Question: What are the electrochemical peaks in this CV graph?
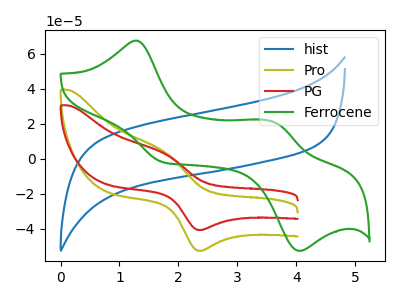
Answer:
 <answer>The blue curve "hist" has no peaks. The olive curve "Pro" has an anodic peak at (1.75V, 3.85uA) and a cathodic peak at (2.35V, -52.55uA). The red curve "PG" has an anodic peak at (1.75V, 3.00uA) and a cathodic peak at (2.35V, -40.65uA). The green curve "Ferrocene" has anodic peaks at (1.30V, 67.50uA) (3.65V, 20.75uA) and cathodic peaks at (1.75V, -1.90uA) (4.05V, -52.55uA).</answer>
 <eval></eval>